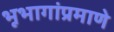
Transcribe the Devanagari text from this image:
भूभागांप्रमाणे